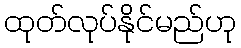
ထုတ်လုပ်နိုင်မည်ဟု